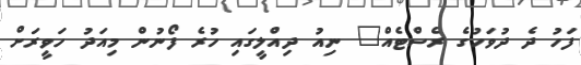
ފަހު ދެ ދުވަހުގެ ރެސްޓެއް" ނިއު ދިއްލީގައި ހުރެ ފޯނުން މިއަދު ހަވީރަށް